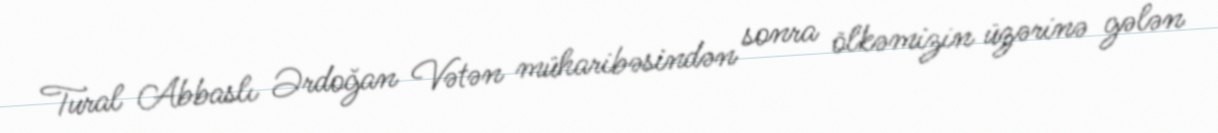
Tural Abbaslı Ərdoğan Vətən müharibəsindən sonra ölkəmizin üzərinə gələn